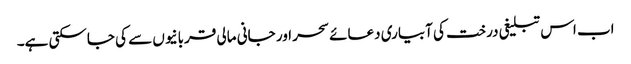
اب اس تبلیغی درخت کی آبیاری دعائے سحر اور جانی مالی قربانیوں سے کی جاسکتی ہے۔